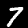
Digit: 7